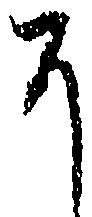
に